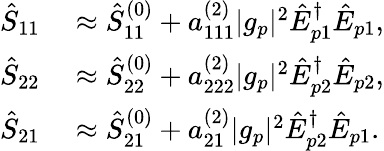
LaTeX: \begin{array}{rl}{\hat{S}_{11}}&{{}\approx\hat{S}_{11}^{(0)}+a_{111}^{(2)}|g_{p}|^{2}\hat{E}_{p1}^{\dagger}\hat{E}_{p1},}\\ {\hat{S}_{22}}&{{}\approx\hat{S}_{22}^{(0)}+a_{222}^{(2)}|g_{p}|^{2}\hat{E}_{p2}^{\dagger}\hat{E}_{p2},}\\ {\hat{S}_{21}}&{{}\approx\hat{S}_{21}^{(0)}+a_{21}^{(2)}|g_{p}|^{2}\hat{E}_{p2}^{\dagger}\hat{E}_{p1}.}\end{array}